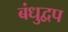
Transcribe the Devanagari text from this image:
बंधुद्वप